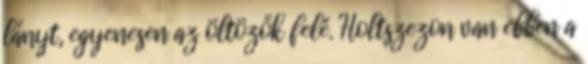
lányt, egyenesen az öltözők felé. Holtszezon van ebben a